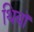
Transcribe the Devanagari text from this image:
थिबॉ